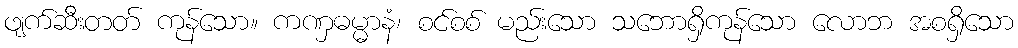
ဖျက်ဆီးတတ် ကုန်သော။ ကဏှဓမ္မာနံ၊ စင်စစ် မည်းသော သဘောရှိကုန်သော လောဘ အစရှိသော